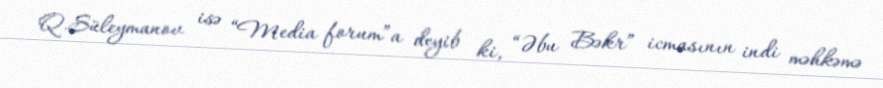
Q.Süleymanov isə “Media forum”a deyib ki, “Əbu Bəkr” icmasının indi məhkəmə